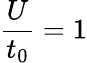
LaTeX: \frac{U}{t_{0}}=1